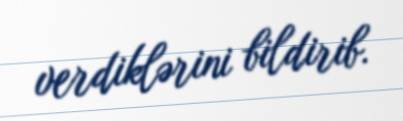
verdiklərini bildirib.